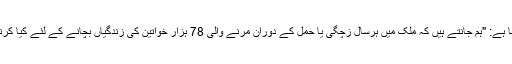
ان کا کہنا ہے: "ہم جانتے ہیں کہ ملک میں ہرسال زچگی یا حمل کے دوران مرنے والی 78 ہزار خواتین کی زندگیاں بچانے کے لئے کیا کرنا چاہئے۔